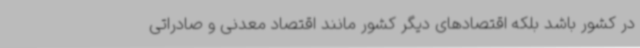
در کشور باشد بلکه اقتصادهای دیگر کشور مانند اقتصاد معدنی و صادراتی